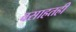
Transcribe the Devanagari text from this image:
वसाहतही